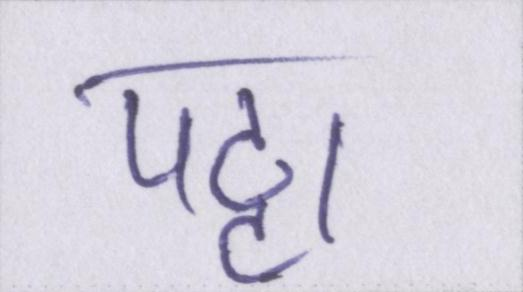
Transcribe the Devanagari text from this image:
पट्टा